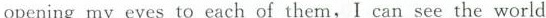
opening my eyes to each of them, I can see the world